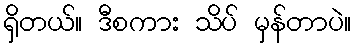
ရှိတယ်။ ဒီစကား သိပ် မှန်တာပဲ။